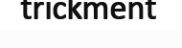
trickment